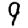
Digit: 9